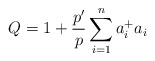
\begin{align*}Q=1+\frac {p'}{p}\sum^{n}_{i=1}a^{+}_{i}a_{i}\end{align*}